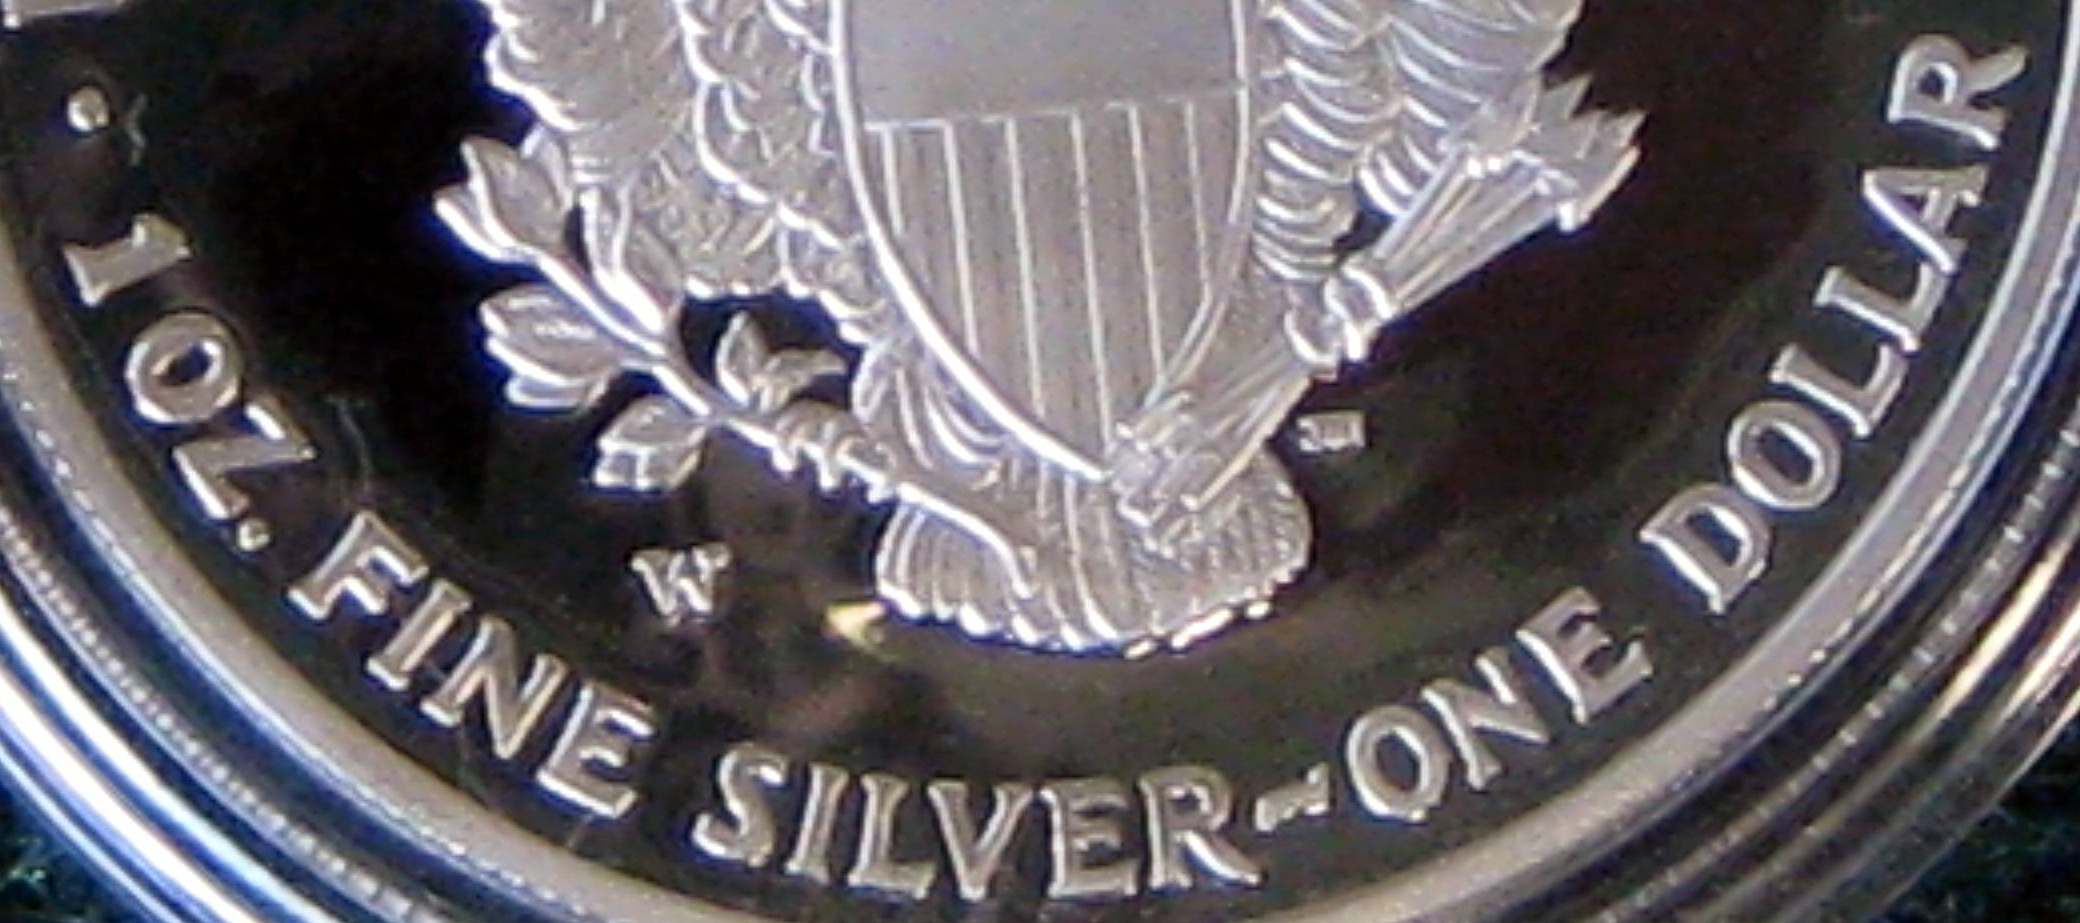
10Z.FINE SILVER-ONE DOLLAR